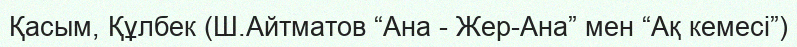
Қасым, Құлбек (Ш.Айтматов “Ана - Жер-Ана” мен “Ақ кемесі”)